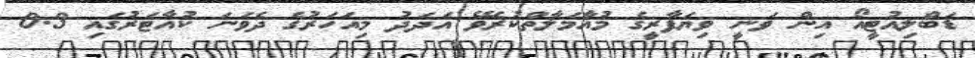
ޑަބްލިއުޓީއޯ އިން ވަނީ ވިޔަފާރީގެ މުއާމަލާތްކުރެވޭ އަދަދު މިއަހަރުގެ ދެވަނަ ކުއާޓަރުގައި 0.3